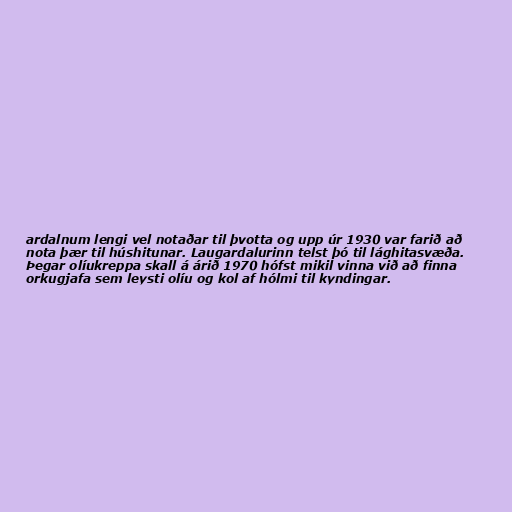
ardalnum lengi vel notaðar til þvotta og upp úr 1930 var farið að
nota þær til húshitunar. Laugardalurinn telst þó til lághitasvæða.
Þegar olíukreppa skall á árið 1970 hófst mikil vinna við að finna
orkugjafa sem leysti olíu og kol af hólmi til kyndingar.